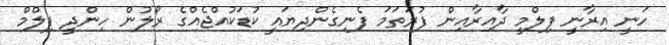
ހަނީ އިރާނީ ފިލްމީ ދާއިރާއިން ފުރަތަމަ ފެނިގެންދިޔައީ ކުޑަކުއްޖެއްގެ ރޯލުން ހިންދީ ފިލްމް